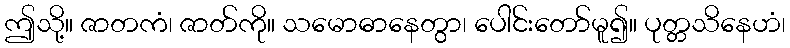
ဤသို့။ ဇာတကံ၊ ဇာတ်ကို။ သမောဓာနေတွာ၊ ပေါင်းတော်မူ၍။ ပုတ္တသိနေဟံ၊